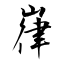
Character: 嵂